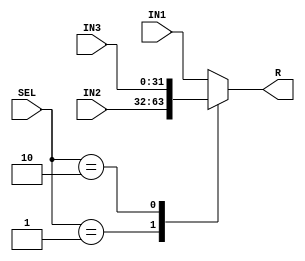
`timescale 1ns / 1ps

module BusMux3(
    input [31:0] IN1,
    input [31:0] IN2,
	 input [31:0] IN3,
    input [1:0] SEL,
    output reg [31:0] R
    );

	always @(*)
	begin
		case (SEL)
			0: R = IN1;
			1: R = IN2;
			2: R = IN3;
			default: R = IN1;
		endcase
	end

endmodule